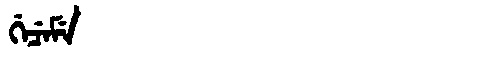
Manchu: ᡤᡝᠴᡝᠮᡝ
Romanization: GECEME